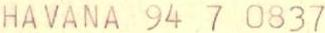
HAVANA 94 7 0837